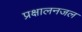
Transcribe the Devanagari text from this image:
प्रक्षालनजल